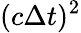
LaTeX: (c\Delta t)^{2}